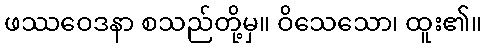
ဖဿဝေဒနာ စသည်တို့မှ။ ဝိသေသော၊ ထူး၏။